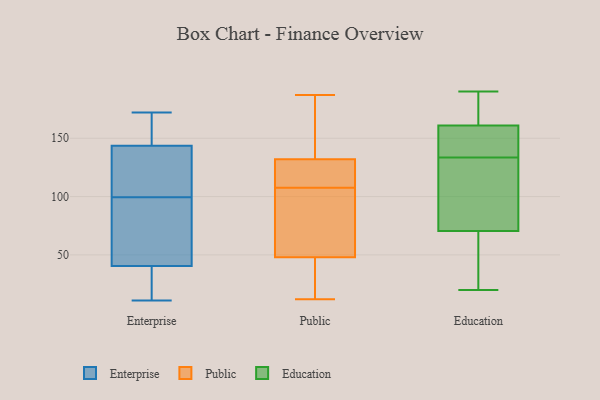
{"axis": {"x": "Website Visitors", "y": "Value"}, "legend": ["Education", "Enterprise", "Public"], "data": [{"x": "", "y": 159, "type": "Enterprise"}, {"x": "", "y": 66, "type": "Enterprise"}, {"x": "", "y": 171, "type": "Enterprise"}, {"x": "", "y": 119, "type": "Enterprise"}, {"x": "", "y": 166, "type": "Enterprise"}, {"x": "", "y": 41, "type": "Enterprise"}, {"x": "", "y": 13, "type": "Enterprise"}, {"x": "", "y": 118, "type": "Enterprise"}, {"x": "", "y": 83, "type": "Enterprise"}, {"x": "", "y": 172, "type": "Enterprise"}, {"x": "", "y": 77, "type": "Enterprise"}, {"x": "", "y": 125, "type": "Enterprise"}, {"x": "", "y": 40, "type": "Enterprise"}, {"x": "", "y": 26, "type": "Enterprise"}, {"x": "", "y": 83, "type": "Enterprise"}, {"x": "", "y": 167, "type": "Enterprise"}, {"x": "", "y": 35, "type": "Enterprise"}, {"x": "", "y": 116, "type": "Enterprise"}, {"x": "", "y": 128, "type": "Enterprise"}, {"x": "", "y": 11, "type": "Enterprise"}, {"x": "", "y": 118, "type": "Public"}, {"x": "", "y": 184, "type": "Public"}, {"x": "", "y": 187, "type": "Public"}, {"x": "", "y": 111, "type": "Public"}, {"x": "", "y": 124, "type": "Public"}, {"x": "", "y": 20, "type": "Public"}, {"x": "", "y": 12, "type": "Public"}, {"x": "", "y": 104, "type": "Public"}, {"x": "", "y": 69, "type": "Public"}, {"x": "", "y": 35, "type": "Public"}, {"x": "", "y": 86, "type": "Public"}, {"x": "", "y": 167, "type": "Public"}, {"x": "", "y": 140, "type": "Public"}, {"x": "", "y": 119, "type": "Public"}, {"x": "", "y": 44, "type": "Public"}, {"x": "", "y": 52, "type": "Public"}, {"x": "", "y": 29, "type": "Education"}, {"x": "", "y": 134, "type": "Education"}, {"x": "", "y": 20, "type": "Education"}, {"x": "", "y": 187, "type": "Education"}, {"x": "", "y": 151, "type": "Education"}, {"x": "", "y": 103, "type": "Education"}, {"x": "", "y": 173, "type": "Education"}, {"x": "", "y": 35, "type": "Education"}, {"x": "", "y": 91, "type": "Education"}, {"x": "", "y": 150, "type": "Education"}, {"x": "", "y": 133, "type": "Education"}, {"x": "", "y": 50, "type": "Education"}, {"x": "", "y": 190, "type": "Education"}, {"x": "", "y": 44, "type": "Education"}, {"x": "", "y": 167, "type": "Education"}, {"x": "", "y": 155, "type": "Education"}, {"x": "", "y": 181, "type": "Education"}, {"x": "", "y": 94, "type": "Education"}, {"x": "", "y": 136, "type": "Education"}, {"x": "", "y": 113, "type": "Education"}]}